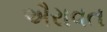
ઐરાવત